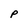
Character: P